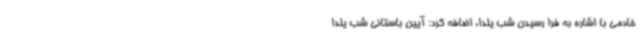
خادمی با اشاره به فرا رسیدن شب یلدا، اضافه کرد: آیین باستانی شب یلدا